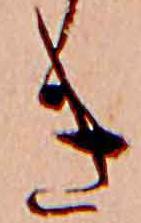
き